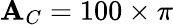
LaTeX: \mathbf{A}_{C}=100\times\pi